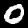
Digit: 0